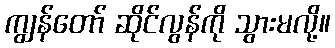
ကျွန်တော် ဆိုင်လွန်ကို သွားမလို့။